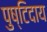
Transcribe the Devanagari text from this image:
पुष्टिदाय